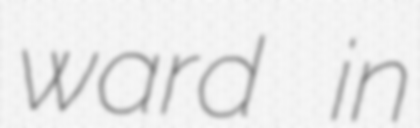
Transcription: ward in